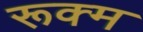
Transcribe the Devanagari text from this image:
रूक्म